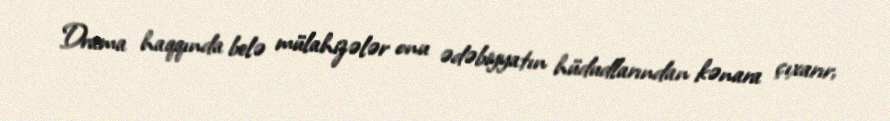
Drama haqqında belə mülahizələr onu ədəbiyyatın hüdudlarından kənara çıxarır,